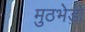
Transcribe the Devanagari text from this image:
मुठभेड़ो